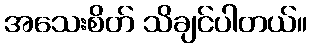
အသေးစိတ် သိချင်ပါတယ်။